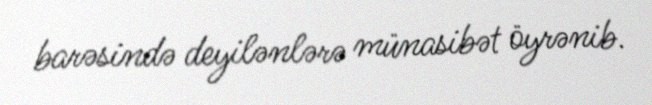
barəsində deyilənlərə münasibət öyrənib.